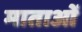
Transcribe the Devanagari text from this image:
माताआें